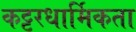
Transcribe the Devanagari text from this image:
कट्टरधार्मिकता